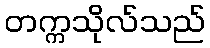
တက္ကသိုလ်သည်